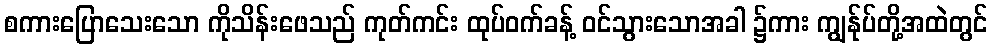
စကားပြောသေးသော ကိုသိန်းဖေသည် ကုတ်ကင်း ထုပ်ဝက်ခန့် ဝင်သွားသောအခါ ၌ကား ကျွန်ုပ်တို့အထဲတွင်